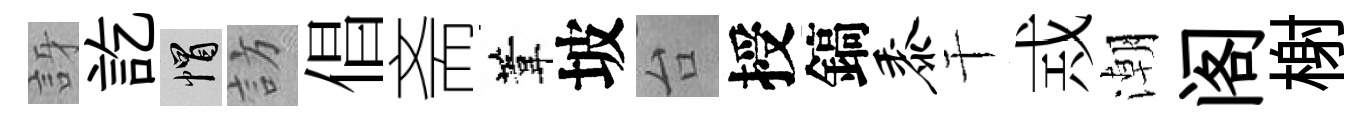
訝訖帽訪倡斋葦坡台授鎬黍干𢦶潮阁榭